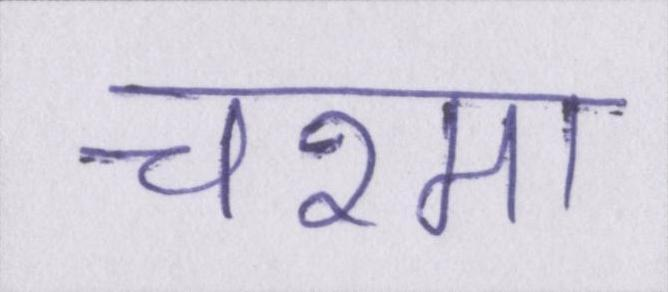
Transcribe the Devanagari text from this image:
चश्मा